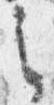
之